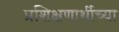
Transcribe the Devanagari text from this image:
प्रशिक्षणार्थीच्या